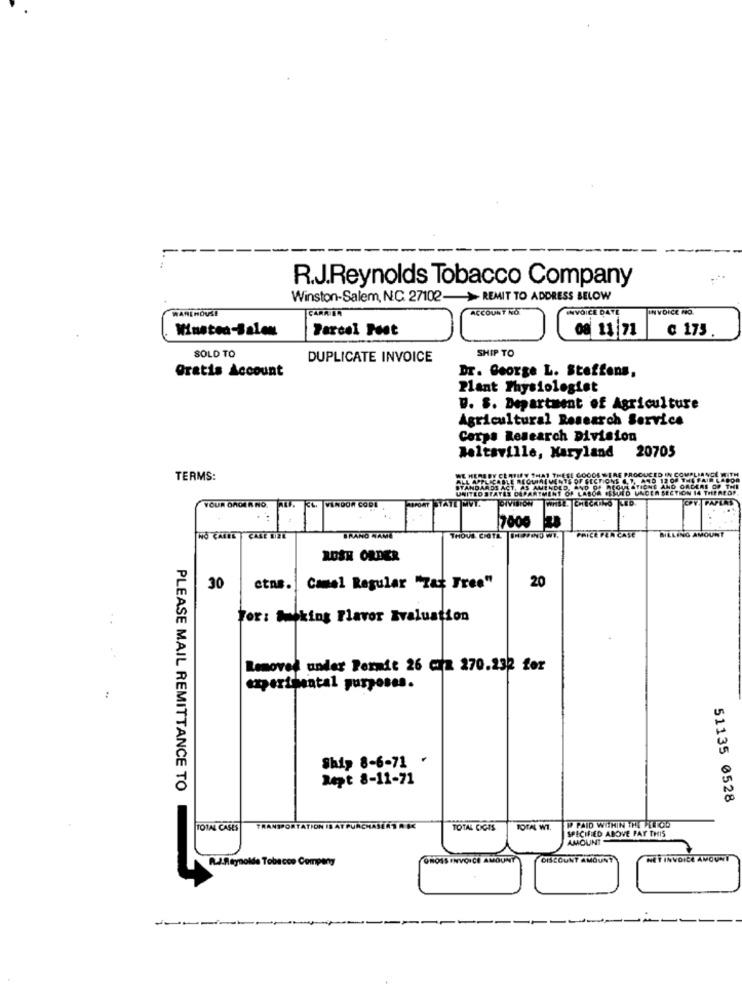
R.J.Reynolds Tobacco Company
Winston-Salem, NC. 27102-> REMIT TO ADDRESS BELOW
ACCOUNT NO
INVOICE DATE
INVOICE NO.
Winston-Salem
Parcel Fest
08 11:71
€ 173
SOLD TO
SHIP TO
DUPLICATE INVOICE
Gratis Account
Dr. George L. Steffens,
Plant Physiologist
D. S. Department of Agriculture
Agricultural Research Service
Corps Research Division
Beltsville, Maryland
20705
TERMS:
NATT
7000
HO CALEE CASE LIRE
BRAND NAME
THOUS. CHATA. SHOPIND WI.
PRICE PER CASE
BILLING AMOUNT
RUSH ORDER
30
etns. | Camel Regular "Tax Free"
20
Tor: Walking Flavor Evaluation
Removed under Permit 26 cra 270.232 for
experimental purposes.
:
Ship 8-6-71 .
Dept 8-11-71
PLEASE MAIL REMITTANCE TO
51135 0528
TOTAL CASES
-
TRANSPORTATION IS AT PURCHASERT R $K
TOTAL CICIS
TOTAL WT.
WP PAID WITHIN THE PEUTOD
SPECIFIED ABOVE PAY THIS
AMOUNT
R.J.Reynolds Tobacco Company
GROSS INVOI
DISCOUNT A
NET INVOICE AMOUNT